Vaccination in the Punjab 1919-1929 - 1919-1929
Year: 1919
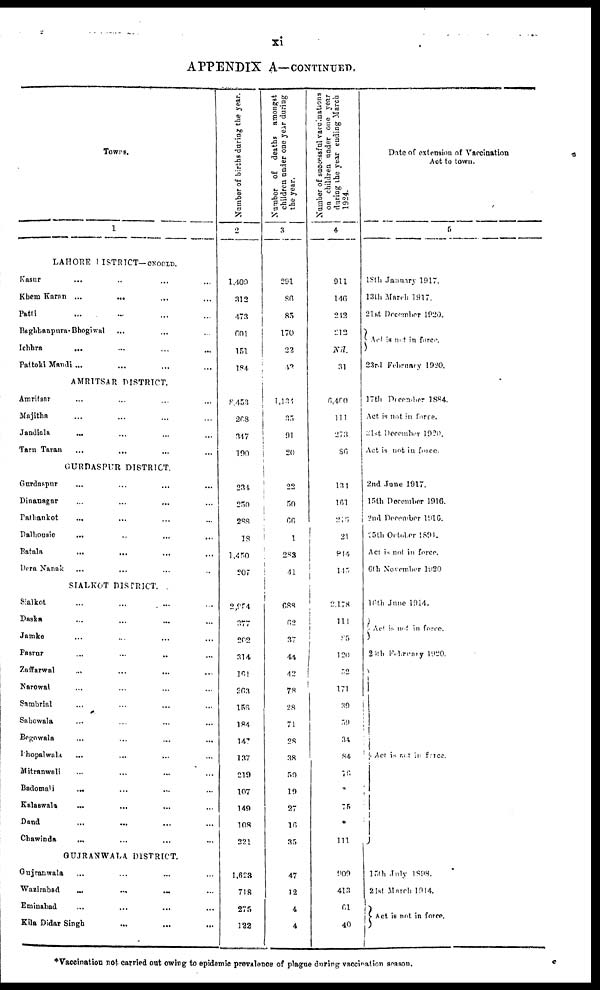
xi
APPENDIX A—CONTINUED.
TOWNS.
1
LAHORE DISTRICT— CNOCLD.
Kasur ... ... ... ...
Khem Karan ...
... ... ...
Patli ... ... ... ...
Baghbanpura- Bhogiwal ... ... ...
Ichhra
... ... ... ...
Pattoki Mandi ... ... ... ...
AMRITSAR DISTRTCT.
Amritsar ... ... ... ...
Majitha ... ... ... ...
Jandinla
... ... ... ...
Tarn Taran ... ... ... ...
GURDASPUR DISTRICT.
Gurdaspur ... ... ... ...
Dinanagur ... ... ... ...
Pathankot ... ... ... ...
Dalhousie ... ... ... ...
Batala
... ... ... ...
Dera Nanak ... ... ... ...
SIALKOT DISTRICT.
Sialkot ... ... ... ...
Daska ... ... ... ...
Jamke ... ... ... ...
Pasrur ... ... ... ...
Zaffarwal ... ... ... ...
Narowal ... ... ... ...
Sambrial ... ... ... ...
Sahowala ... ... ... ...
Begowala ... ... ... ...
Phopalwala ... ... ... ...
Mitranwali ... ... ... ...
Badomali ... ... ... ...
Kalaswala ... ... ... ...
Daud ... ... ... ...
Chawinda ... ... ... ...
GUJRANWALA DISTRICT.
Gujranwala ... ... ... ...
Wazirabad
...
...
... ...
Eminabad ... ... ... ...
Kila Didar Singh ... ... ... ...
Number of births during the year.
2
1,400
312
473
601
151
184
8,453
208
347
190
234
250
288
18
1,450
207
2,954
377
202
314
161
263
156
184
147
137
219
107
149
108
221
1,623
718
275
122
Number of deaths amongst
children under one year during
the year.
3
291
80
85
170
22
42
1,131
35
91
20
22
50
66
1
283
41
688
62
37
44
42
78
28
71
28
38
50
19
27
16
35
47
12
4
4
Number of successful vaccinations
on children under one year
during the year ending March
1924.
4
911
146
212
212
Nil.
31
6,400
111
273
80
131
161
216
21
814
145
2,178
111
95
120
52
171
39
59
34
84
76
*
75
*
111
909
413
61
40
Date of extension of Vaccination
Act to town.
5
18th January 1917.
13th March 1917.
21 st December 1920.
Act is not in force
23rd February 1920.
17th December 1884.
Act is not in Force.
21st December 1920.
Act is not in force.
2nd June 1917.
15th December 1916.
2nd December 1916.
15 th October 1891.
Act is not in force.
6th November 1920
16 th June 1914.
Act is not in force.
20th February 1920.
Act is not in force.
15th July 1898.
21st. March 1914.
Act. is not in force.
*Vaccination not carried out owing to epidemic prevalence of plague during vaccination season.